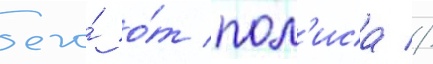
его́ о́т пол'иса //